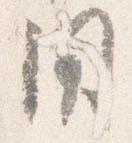
用